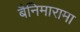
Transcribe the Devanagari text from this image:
बैनिमारामा